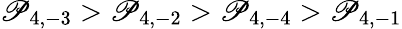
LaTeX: \mathscr{P}_{4,-3}>\mathscr{P}_{4,-2}>\mathscr{P}_{4,-4}>\mathscr{P}_{4,-1}